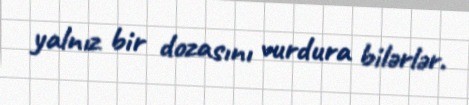
yalnız bir dozasını vurdura bilərlər.